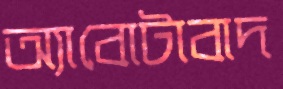
অ্যাবোটাবাদ